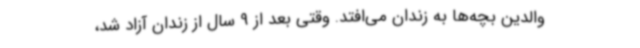
والدین بچه‌ها به زندان می‌افتد. وقتی بعد از 9 سال از زندان آزاد شد،